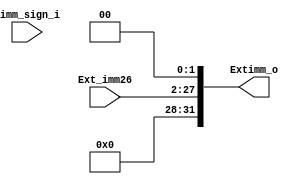
module Eimm26(
    input [25:0] Ext_imm26,
    input [1:0] Eimm_sign_i,
    output [31:0] Extimm_o
    );
assign Extimm_o = {{4'b0000},{Ext_imm26},{2'b00}};

endmodule